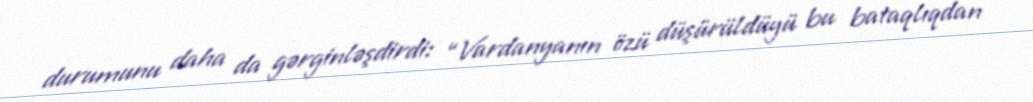
durumunu daha da gərginləşdirdi: “Vardanyanın özü düşürüldüyü bu bataqlıqdan